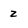
Character: 2